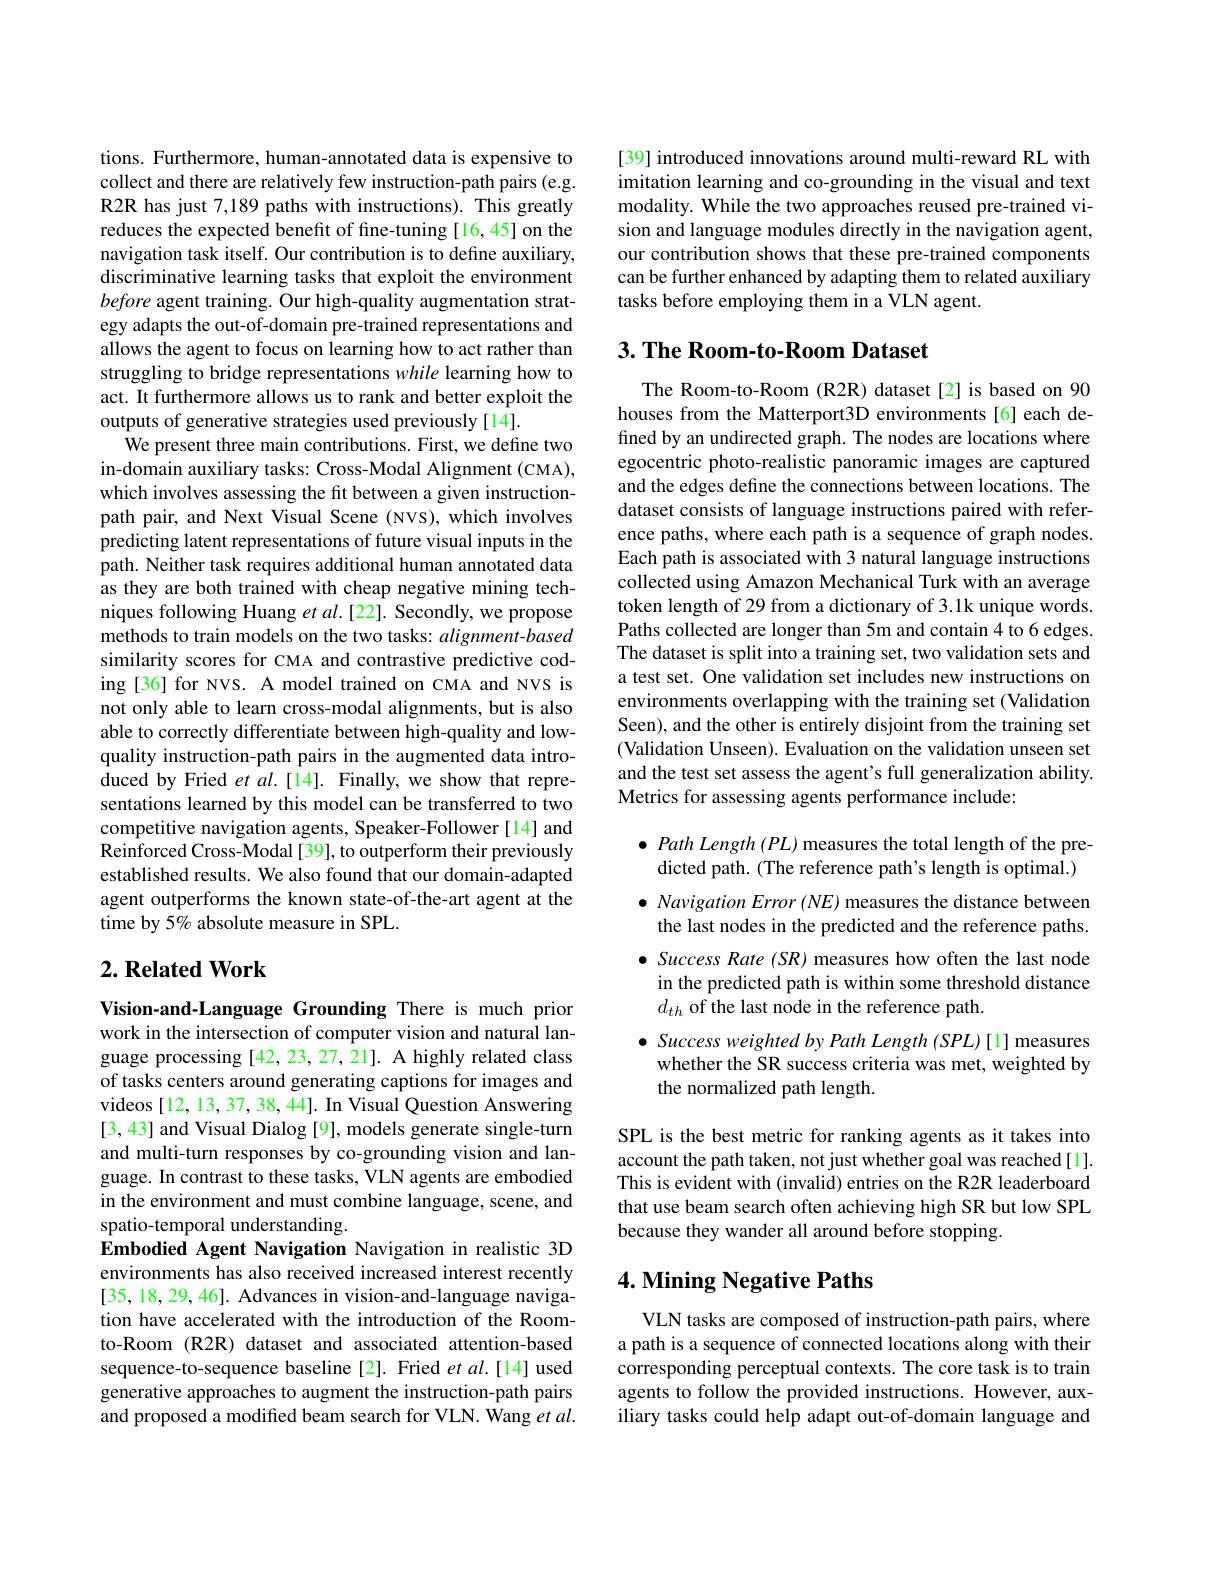
tions. Furthermore, human-annotated data is expensive to collect and there are relatively few instruction-path pairs (e.g. R2R has just 7,189 paths with instructions). This greatly reduces the expected benefit of fine-tuning [16,45] on the navigation task itself. Our contribution is to define auxiliary, discriminative learning tasks that exploit the environment before agent training. Our high-quality augmentation strategy adapts the out-of-domain pre-trained representations and allows the agent to focus on learning how to act rather than struggling to bridge representations while learning how to act. It furthermore allows us to rank and better exploit the outputs of generative strategies used previously[14].
We present three main contributions. First, we define two in-domain auxiliary tasks: Cross-Modal Alignment (CMA), which involves assessing the fit between a given instructionpath pair, and Next Visual Scene (NVS), which involves predicting latent representations of future visual inputs in the path. Neither task requires additional human annotated data as they are both trained with cheap negative mining techniques following Huang et al.[22]. Secondly, we propose methods to train models on the two tasks: alignment-based similarity scores for CMA and contrastive predictive coding [36] for NVS. A model trained on CMA and NVS is not only able to learn cross-modal alignments, but is also able to correctly differentiate between high-quality and lowquality instruction-path pairs in the augmented data introduced by Fried $etal.[14].$ Finally, we show that representations learned by this model can be transferred to two competitive navigation agents, Speaker-Follower[14] and Reinforced Cross-Modal [39], to outperform their previously established results. We also found that our domain-adapted agent outperforms the known state-of-the-art agent at the time by 5% absolute measure in SPL.

## $2. \textbf{Related Work}$

Vision-and-Language Grounding There is much prior work in the intersection of computer vision and natural language processing [42, 23, 27, 21]. A highly related class of tasks centers around generating captions for images and videos [12, 13, 37, 38, 44]. In Visual Question Answering [3,43] and Visual Dialog [9], models generate single-turn and multi-turn responses by co-grounding vision and language. In contrast to these tasks, VLN agents are embodied in the environment and must combine language, scene, and spatio-temporal understanding
Embodied Agent Navigation Navigation in realistic 3D environments has also received increased interest recently [35, 18, 29, 46]. Advances in vision-and-language navigation have accelerated with the introduction of the Roomto-Room (R2R) dataset and associated attention-based sequence-to-sequence baseline[2]. Fried $etal.[14]$ used generative approaches to augment the instruction-path pairs and proposed a modified beam search for VLN. Wang et $al.$

[39] introduced innovations around multi-reward RL with imitation learning and co-grounding in the visual and text modality. While the two approaches reused pre-trained vision and language modules directly in the navigation agent, our contribution shows that these pre-trained components can be further enhanced by adapting them to related auxiliary tasks before employing them in a VLN agent.

## $3. \textbf{ The Room- to- Room Dataset}$

The Room-to-Room (R2R) dataset[2] is based on 90 houses from the Matterport3D environments[6] each defined by an undirected graph. The nodes are locations where egocentric photo-realistic panoramic images are captured and the edges define the connections between locations. The dataset consists of language instructions paired with reference paths, where each path is a sequence of graph nodes. Each path is associated with 3 natural language instructions collected using Amazon Mechanical Turk with an average token length of 29 from a dictionary of 3.1k unique words. Paths collected are longer than 5m and contain 4 to 6 edges. The dataset is split into a training set, two validation sets and a test set. One validation set includes new instructions on environments overlapping with the training set (Validation Seen), and the other is entirely disjoint from the training set (Validation Unseen). Evaluation on the validation unseen set and the test set assess the agent's full generalization ability. Metrics for assessing agents performance include:

$\bullet$ Path Length (PL) measures the total length of the pre-
dicted path. (The reference path's length is optimal.)

$\bullet$ Navigation Error (NE) measures the distance between the last nodes in the predicted and the reference paths. $\bullet$ Success Rate (SR) measures how often the last node in the predicted path is within some threshold distance $d_{th}$ of the last node in the reference path.
$\bullet$ Success weighted by Path Length (SPL)[1] measures
whether the SR success criteria was met, weighted by
the normalized path length.

SPL is the best metric for ranking agents as it takes into account the path taken, not just whether goal was reached[1]. This is evident with (invalid) entries on the R2R leaderboard that use beam search often achieving high SR but low SPL because they wander all around before stopping.

## $4. \textbf{Mining Negative Paths}$

VLN tasks are composed of instruction-path pairs, where a path is a sequence of connected locations along with their corresponding perceptual contexts. The core task is to train agents to follow the provided instructions. However, auxiliary tasks could help adapt out-of-domain language and